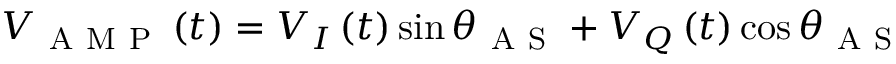
V _ { \mathrm { ~ A ~ M ~ P ~ } } \left( t \right) = V _ { I } \left( t \right) \sin \theta _ { \mathrm { ~ A ~ S ~ } } + V _ { Q } \left( t \right) \cos \theta _ { \mathrm { ~ A ~ S ~ } }